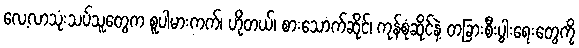
လေ့လာသုံးသပ်သူတွေက စူပါမားကက်၊ ဟိုတယ်၊ စားသောက်ဆိုင်၊ ကုန်စုံဆိုင်နဲ့ တခြားစီးပွါးရေးတွေကို